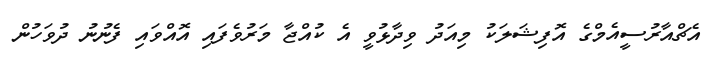
އެޗްއާރުސީއެމްގެ އޮފިޝަލަކު މިއަދު ވިދާޅުވީ އެ ކުއްޖާ މަރުވެފައި އޮއްވައި ފެނުނު ދުވަހުން